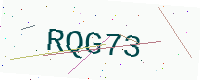
Text: RQG73